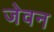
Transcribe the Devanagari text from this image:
जेवन